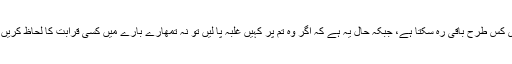
جاوید احمد غامدی کس طرح باقی رہ سکتا ہے، جبکہ حال یہ ہے کہ اگر وہ تم پر کہیں غلبہ پا لیں تو نہ تمھارے بارے میں کسی قرابت کا لحاظ کریں، نہ کسی عہد کا؟